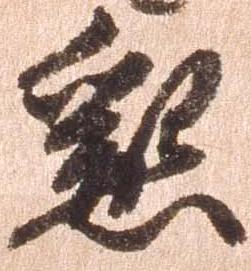
懇